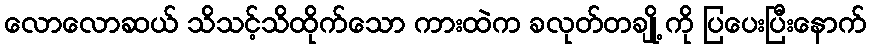
လောလောဆယ် သိသင့်သိထိုက်သော ကားထဲက ခလုတ်တချို့ ကို ပြပေးပြီးနောက်